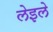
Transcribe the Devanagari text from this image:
लेइले